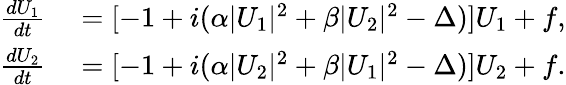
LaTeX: \begin{array}{rl}{\frac{dU_{1}}{dt}}&{{}=[-1+i(\alpha\vert U_{1}\vert^{2}+\beta\vert U_{2}\vert^{2}-\Delta)]U_{1}+f,}\\ {\frac{dU_{2}}{dt}}&{{}=[-1+i(\alpha\vert U_{2}\vert^{2}+\beta\vert U_{1}\vert^{2}-\Delta)]U_{2}+f.}\end{array}